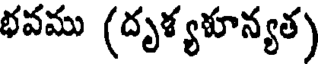
భవము (దృశ్యశూన్యత)